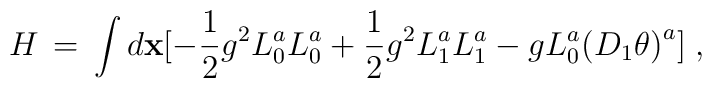
H \,=\, \int d {\bf x} [ - \frac{1}{2} g^2 L_0^a L_0^a + \frac{1}{2} g^2L_1^a L_1^a - g L_0^a {(D_1 \theta )}^a ] \;,